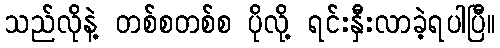
သည်လိုနဲ့ တစ်စတစ်စ ပိုလို့ ရင်းနှီးလာခဲ့ရပါပြီ။